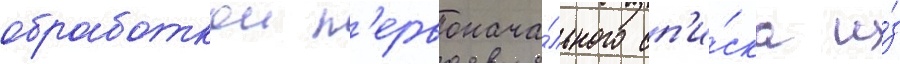
обработкои п'ервонача́льного сп'и́ска и́з